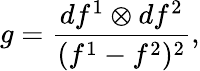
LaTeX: g=\frac{df^{1}\otimes df^{2}}{(f^{1}-f^{2})^{2}},